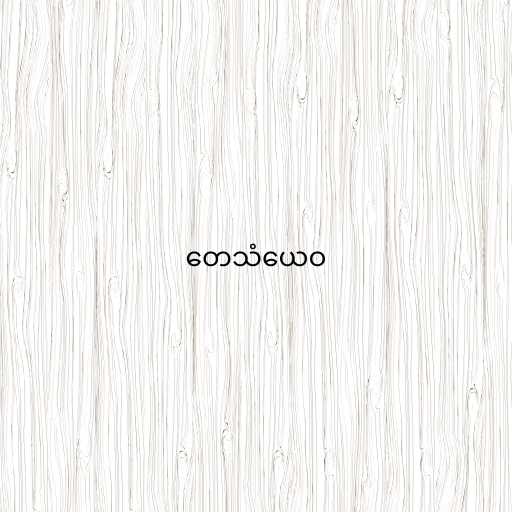
တေသံယေဝ